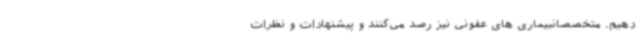
‌دهیم. متخصصانبیماری های عفونی نیز رصد می‌کنند و پیشنهادات و نظرات